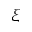
\xi